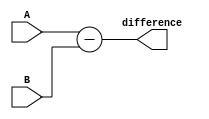
module structural_subtractor (
    input [3:0] A,
    input [3:0] B,
    output reg [3:0] difference
);

assign difference = A - B;

endmodule